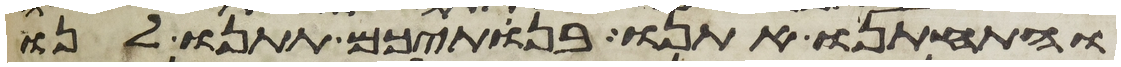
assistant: והתחתנו אתנו בנתיכם תתנו לנו